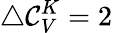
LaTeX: \bigtriangleup\mathcal{C}_{V}^{K}=2